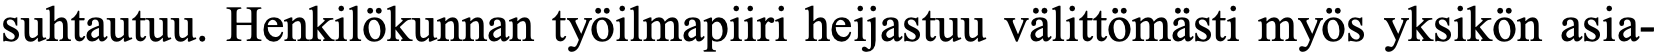
suhtautuu. Henkilökunnan työilmapiiri heijastuu välittömästi myös yksikön asia-